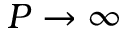
P \to \infty